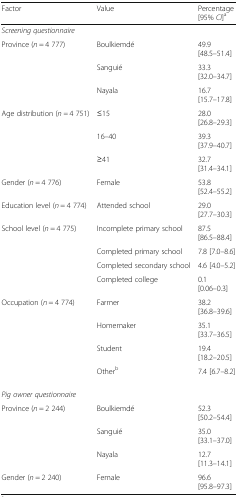
<table><thead><tr><td><b>Factor</b></td><td><b>Value</b></td><td><b>Percentage [95% <i>CI</i>]<sup>a</sup></b></td></tr></thead><tbody><tr><td><i>Screening questionnaire</i></td><td></td><td></td></tr><tr><td rowspan="3">Province (<i>n</i> = 4 777)</td><td>Boulkiemdé</td><td>49.9 [48.5–51.4]</td></tr><tr><td>Sanguié</td><td>33.3 [32.0–34.7]</td></tr><tr><td>Nayala</td><td>16.7 [15.7–17.8]</td></tr><tr><td rowspan="3">Age distribution (<i>n =</i> 4 751)</td><td>≤15</td><td>28.0 [26.8–29.3]</td></tr><tr><td>16–40</td><td>39.3 [37.9–40.7]</td></tr><tr><td>≥41</td><td>32.7 [31.4–34.1]</td></tr><tr><td>Gender (<i>n</i> = 4 776)</td><td>Female</td><td>53.8 [52.4–55.2]</td></tr><tr><td>Education level (<i>n</i> = 4 774)</td><td>Attended school</td><td>29.0 [27.7–30.3]</td></tr><tr><td rowspan="4">School level (<i>n</i> = 4 775)</td><td>Incomplete primary school</td><td>87.5 [86.5–88.4]</td></tr><tr><td>Completed primary school</td><td>7.8 [7.0–8.6]</td></tr><tr><td>Completed secondary school</td><td>4.6 [4.0–5.2]</td></tr><tr><td>Completed college</td><td>0.1 [0.06–0.3]</td></tr><tr><td rowspan="4">Occupation (<i>n</i> = 4 774)</td><td>Farmer</td><td>38.2 [36.8–39.6]</td></tr><tr><td>Homemaker</td><td>35.1 [33.7–36.5]</td></tr><tr><td>Student</td><td>19.4 [18.2–20.5]</td></tr><tr><td>Other<sup>b</sup></td><td>7.4 [6.7–8.2]</td></tr><tr><td><i>Pig owner questionnaire</i></td><td></td><td></td></tr><tr><td rowspan="3">Province (<i>n</i> = 2 244)</td><td>Boulkiemdé</td><td>52.3 [50.2–54.4]</td></tr><tr><td>Sanguié</td><td>35.0 [33.1–37.0]</td></tr><tr><td>Nayala</td><td>12.7 [11.3–14.1]</td></tr><tr><td>Gender (<i>n</i> = 2 240)</td><td>Female</td><td>96.6 [95.8–97.3]</td></tr></tbody></table>